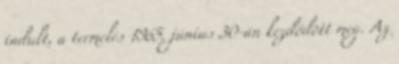
indult, a termelés 1965. június 30-án kezdődött meg. Az